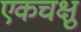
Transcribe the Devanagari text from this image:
एकचक्षु